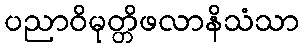
ပညာဝိမုတ္တိဖလာနိသံသာ